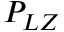
P _ { L Z }